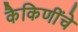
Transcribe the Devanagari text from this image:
कैकिणींचे